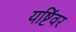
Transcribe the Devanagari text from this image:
यष्टिंवर